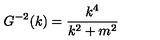
G ^ { - 2 } ( k ) = \frac { k ^ { 4 } } { k ^ { 2 } + m ^ { 2 } }